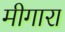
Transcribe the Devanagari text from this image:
मीगारा